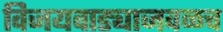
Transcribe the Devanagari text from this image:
विजयवाड्याजवळच